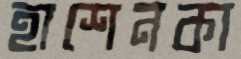
হাশেনকা